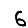
Digit: 6